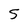
Character: S